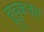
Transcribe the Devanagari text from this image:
चूचुकवत